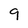
Character: 9